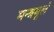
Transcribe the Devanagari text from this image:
मन्त्रमूलं